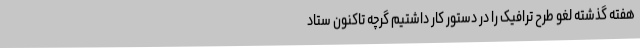
هفته گذشته لغو طرح ترافیک را در دستور کار داشتیم گرچه تاکنون ستاد